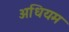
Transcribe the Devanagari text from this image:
अधियम